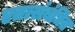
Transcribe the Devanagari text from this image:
एतत्संबंधित